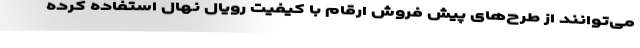
می‌­توانند از طرح‌های پیش فروش ارقام با کیفیت رویال نهال استفاده کرده